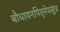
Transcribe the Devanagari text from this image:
बौधायनपितृमेधसूत्र